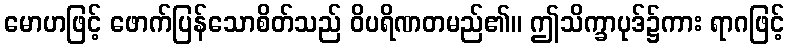
မောဟဖြင့် ဖောက်ပြန်သောစိတ်သည် ဝိပရိဏတမည်၏။ ဤသိက္ခာပုဒ်၌ကား ရာဂဖြင့်